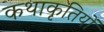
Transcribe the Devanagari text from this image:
कथाकृतियों